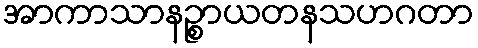
အာကာသာနဉ္စာယတနသဟဂတာ